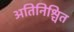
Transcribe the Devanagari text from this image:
अतिनिश्चित